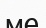
ме